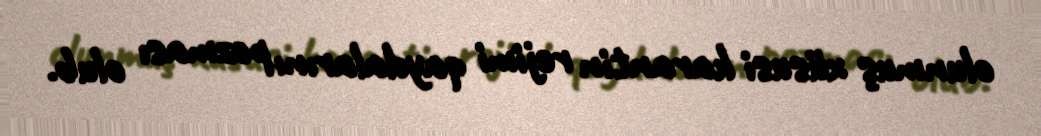
olunmuş xüsusi karantin rejimi qaydalarını pozması olub.